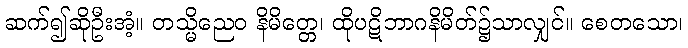
ဆက်၍ဆိုဦးအံ့။ တသ္မိညေဝ နိမိတ္တေ၊ ထိုပဋိဘာဂနိမိတ်၌သာလျှင်။ စေတသော၊